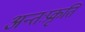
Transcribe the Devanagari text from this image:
अन्तःप्रकृति